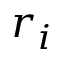
r _ { i }